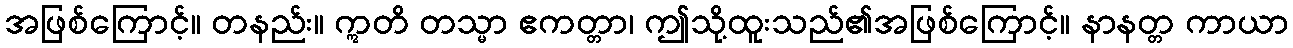
အဖြစ်ကြောင့်။ တနည်း။ ဣတိ တသ္မာ ဧကတ္တာ၊ ဤသို့ထူးသည်၏အဖြစ်ကြောင့်။ နာနတ္တ ကာယာ